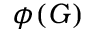
\phi ( G )